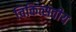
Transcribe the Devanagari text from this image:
चिकित्सवीय